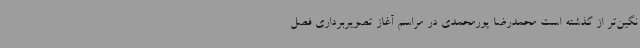
نگین‌تر از گذشته است محمدرضا پورمحمدی در مراسم آغاز تصویربرداری فصل